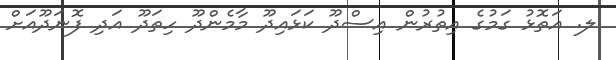
ލ. އަތޮޅު ގަމުގެ އިތުރުން އިސްދޫ ކަޅައިދޫ މާމެންދޫ ހިތަދޫ އަދި ފޮނަދޫއަށް